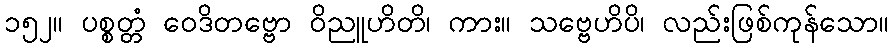
၁၅၂။ ပစ္စတ္တံ ဝေဒိတဗ္ဗော ဝိညူဟိတိ၊ ကား။ သဗ္ဗေဟိပိ၊ လည်းဖြစ်ကုန်သော။